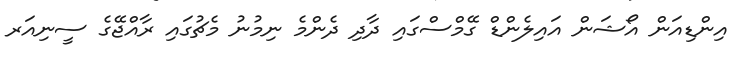
އިންޑިއަން އޯޝަން އައިލެންޑް ގޭމްސްގައި ދާދި ދެންމެ ނިމުނު މެޗުގައި ރާއްޖޭގެ ސީނިއަރ